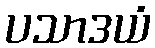
ပသာဒယံ